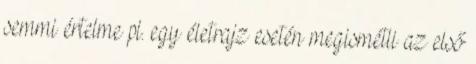
semmi értelme pl. egy életrajz esetén megismétli az első